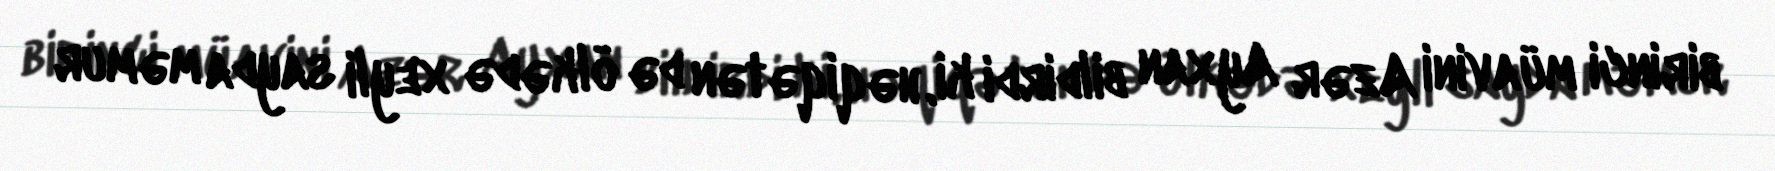
birinci müavini Azər Ayxan bildirdi ki, həqiqətən də ölkədə xeyli sayda məmur